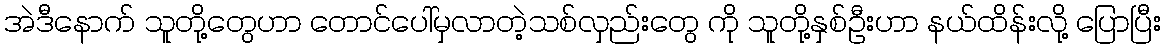
အဲဒီနောက် သူတို့တွေဟာ တောင်ပေါ်မှလာတဲ့သစ်လှည်းတွေ ကို သူတို့နှစ်ဦးဟာ နယ်ထိန်းလို့ ပြောပြီး